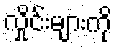
လှိုင်းများကို